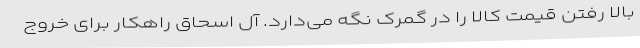
بالا رفتن قیمت کالا را در گمرک نگه می‌دارد. آل اسحاق راهکار برای خروج